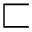
\sqsubset